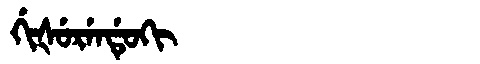
Manchu: ᡤᡳᡧᡠᡵᡝᠨᡩᡠᡴᡳ
Romanization: GIŠURENDUKI